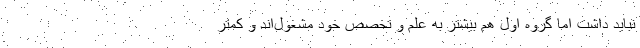
نباید داشت اما گروه اول هم بیشتر به علم و تخصص خود مشغول‌اند و کمتر